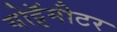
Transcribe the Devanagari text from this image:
योट्टॅमीटर